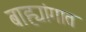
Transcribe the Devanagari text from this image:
बाह्यांगात